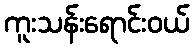
ကူးသန်းရောင်းဝယ်